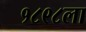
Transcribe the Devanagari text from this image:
१८९८ला